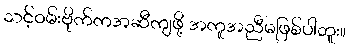
သင့်ဝမ်းဗိုက်ကအဆီကျဖို့ အကူအညီမဖြစ်ပါဘူး။